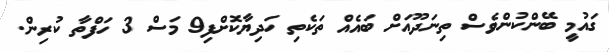
ގައުމީ ބޭންކުންވެސް ތިނަދޫއަށް ބައެއް ތަކެތި ހަދިޔާކޮށްފި9 މަސް 3 ހަފްތާ ކުރިން.